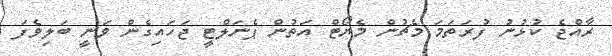
ރާއްޖެ ކުޅުނު ފުރަތަަމަ މެޗުން މެޔޯޓް އަތުން ޕެނަލްޓީ ޖަހައިގެން ވަނީ ބަލިވެފަ